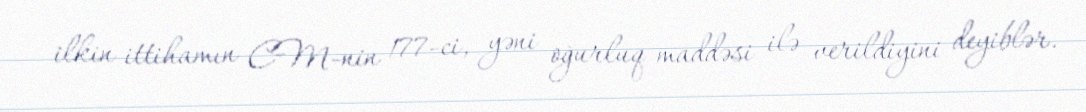
ilkin ittihamın CM-nin 177-ci, yəni oğurluq maddəsi ilə verildiyini deyiblər.